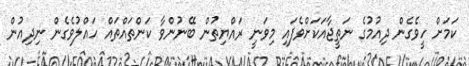
ކަމަށް ހީވެގެން ދިއުމުގެ ނަތީޖާއަކަށްވެފައި މިވަނީ ރައްޔިތުން ބޭނުންވާ ކަންތައްތައް ހައްލުވެގެން ނިދިއުން